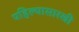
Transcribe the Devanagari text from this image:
पहिल्यासारखी